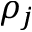
\rho _ { j }